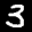
Label: 3